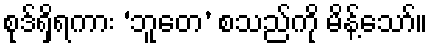
စုဒ်ရှိရကား ‘ဘူတေ’ စသည်ကို မိန့်သော်။